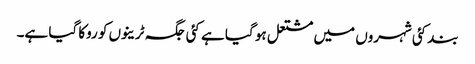
بند کئی شہروں میں مشتعل ہو گیا ہے کئی جگہ ٹرینوں کو روکا گیا ہے۔